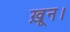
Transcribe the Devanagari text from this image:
ख़ून।